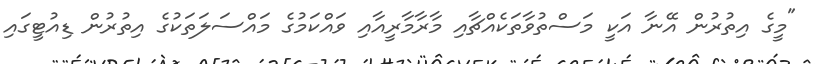
"މީގެ އިތުރުން އޭނާ އަކީ މަސްތުވާތަކެއްޗާއި މާރާމާރީއާއި ވައްކަމުގެ މައްސަލަތަކުގެ އިތުރުން ޑިއުޓީގައި